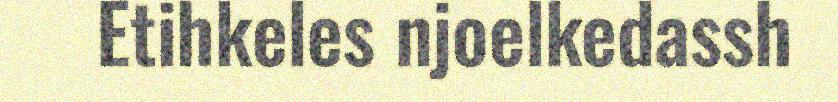
Etihkeles njoelkedassh